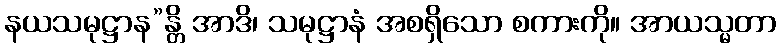
နယသမုဋ္ဌာန”န္တိ အာဒိ၊ သမုဋ္ဌာနံ အစရှိသော စကားကို။ အာယသ္မတာ